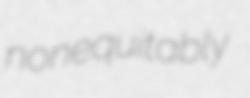
nonequitably